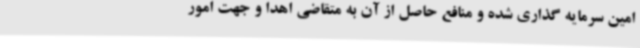
امین سرمایه گذاری شده و منافع حاصل از آن به متقاضی اهدا و جهت امور